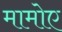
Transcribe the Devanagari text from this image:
मामोए